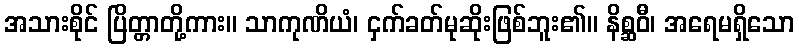
အသားစိုင် ပြိတ္တာတို့ကား။ သာကုဏိယံ၊ ငှက်ခတ်မုဆိုးဖြစ်ဘူး၏။ နိစ္ဆဝီ၊ အရေမရှိသော